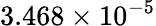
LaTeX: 3.468\times 10^{-5}